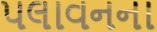
પલાવનના